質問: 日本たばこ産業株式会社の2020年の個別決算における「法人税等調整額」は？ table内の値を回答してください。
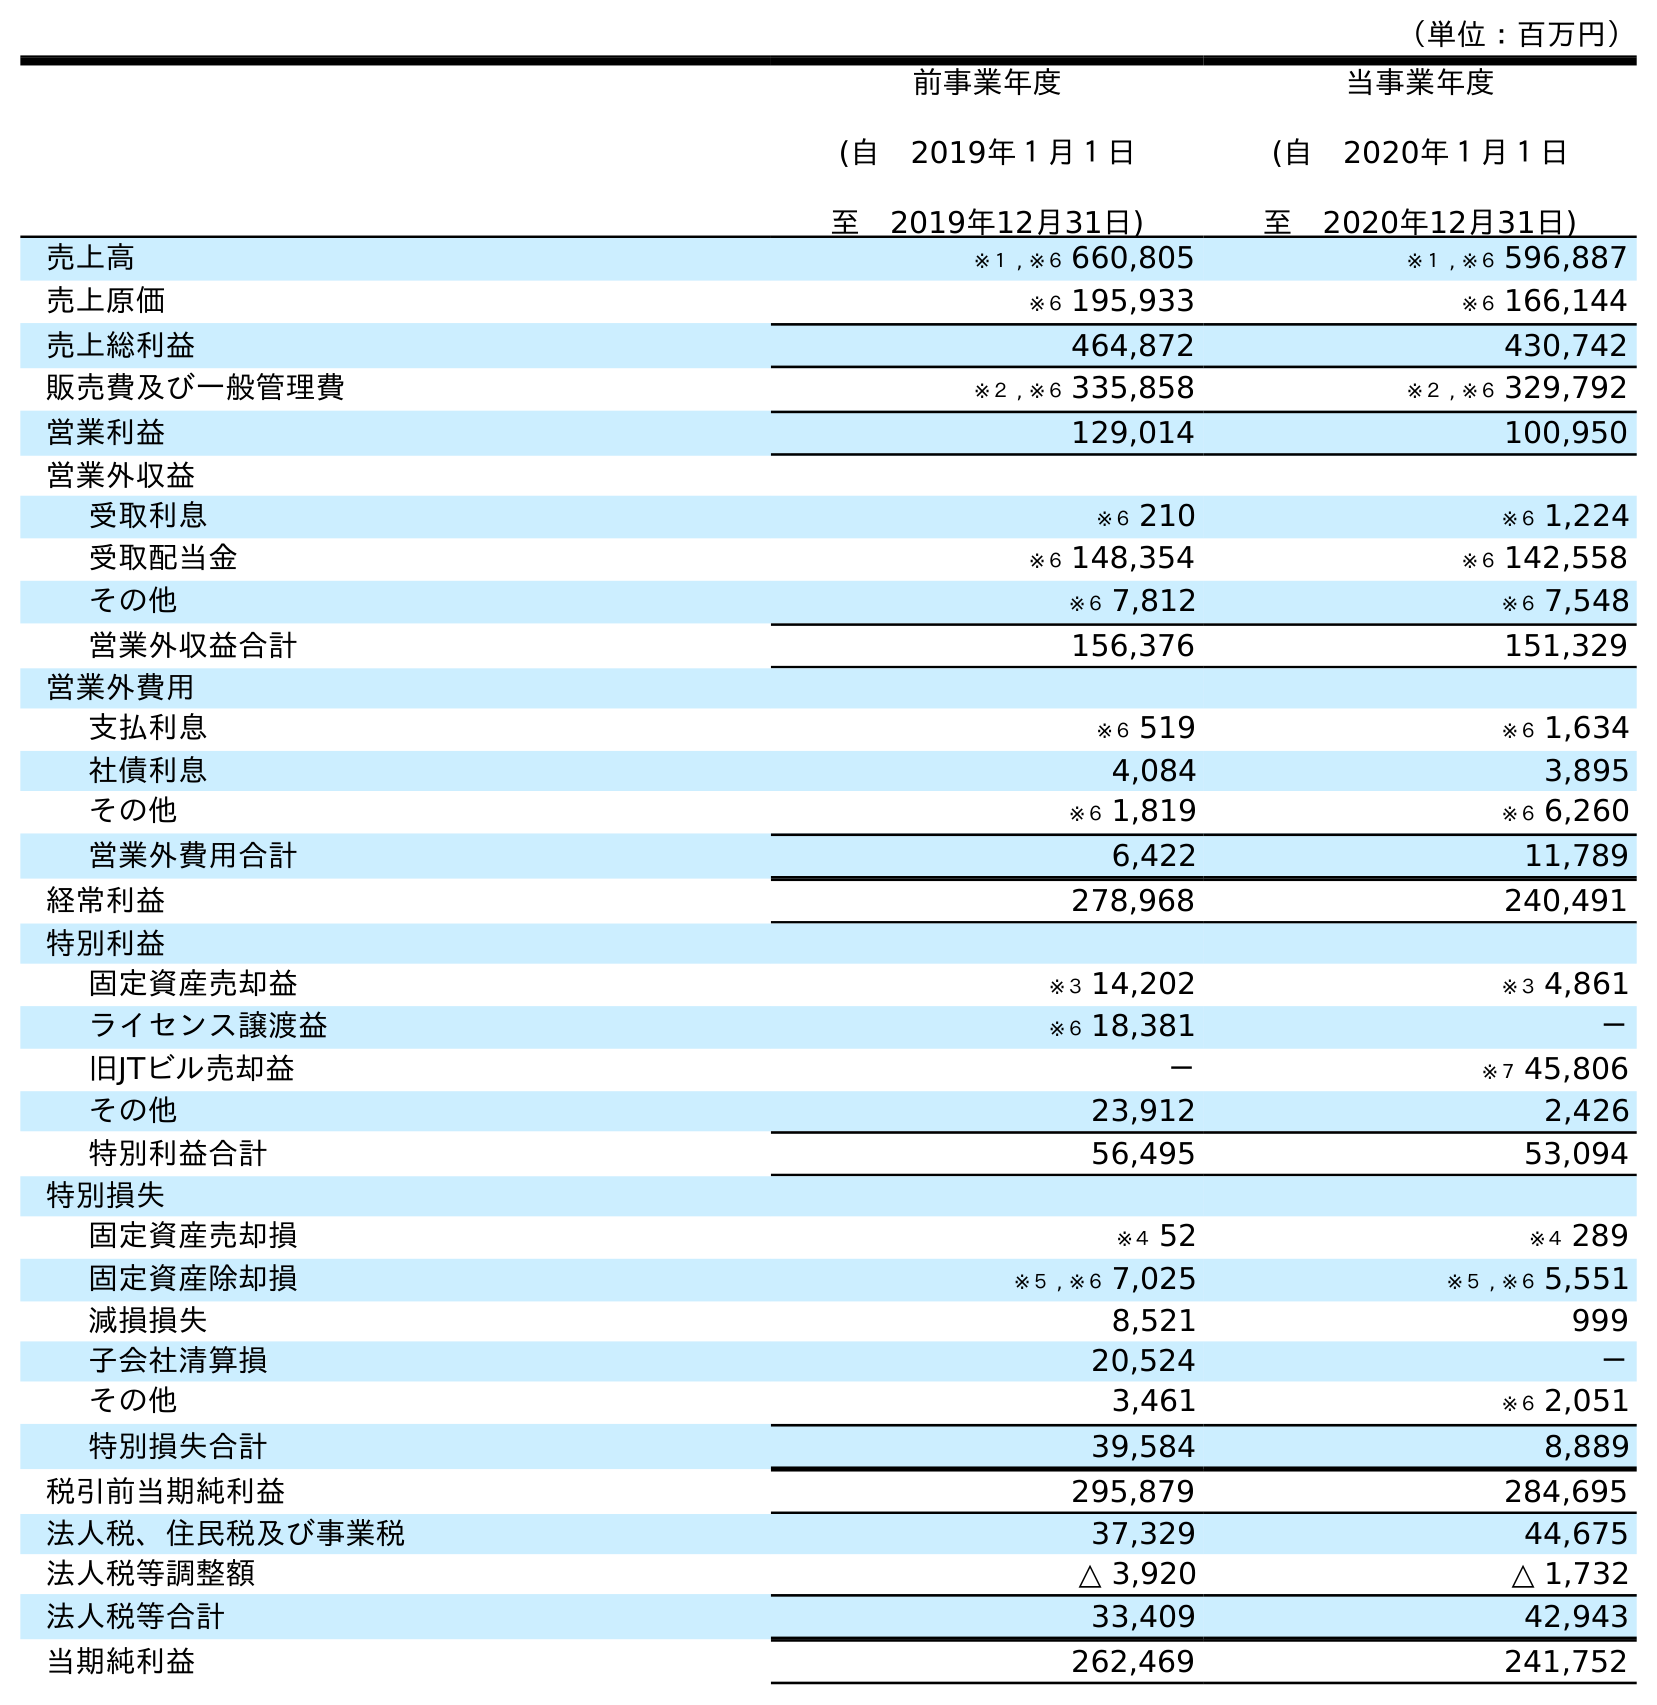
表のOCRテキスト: （単位：百万円） 前事業年度 (自 2019年１月１日 至 2019年12月31日) 当事業年度 (自 2020年１月１日 至 2020年12月31日) 売上高 ※１ , ※６ 660,805 ※１ , ※６ 596,887 売上原価 ※６ 195,933 ※６ 166,144 売上総利益 464,872 430,742 販売費及び一般管理費 ※２ , ※６ 335,858 ※２ , ※６ 329,792 営業利益 129,014 100,950 営業外収益 受取利息 ※６ 210 ※６ 1,224 受取配当金 ※６ 148,354 ※６ 142,558 その他 ※６ 7,812 ※６ 7,548 営業外収益合計 156,376 151,329 営業外費用 支払利息 ※６ 519 ※６ 1,634 社債利息 4,084 3,895 その他 ※６ 1,819 ※６ 6,260 営業外費用合計 6,422 11,789 経常利益 278,968 240,491 特別利益 固定資産売却益 ※３ 14,202 ※３ 4,861 ライセンス譲渡益 ※６ 18,381 － 旧JTビル売却益 － ※７ 45,806 その他 23,912 2,426 特別利益合計 56,495 53,094 特別損失 固定資産売却損 ※４ 52 ※４ 289 固定資産除却損 ※５ , ※６ 7,025 ※５ , ※６ 5,551 減損損失 8,521 999 子会社清算損 20,524 － その他 3,461 ※６ 2,051 特別損失合計 39,584 8,889 税引前当期純利益 295,879 284,695 法人税、住民税及び事業税 37,329 44,675 法人税等調整額 △ 3,920 △ 1,732 法人税等合計 33,409 42,943 当期純利益 262,469 241,752
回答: △1,732